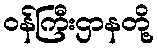
ဝန်ကြီးဌာနတို့